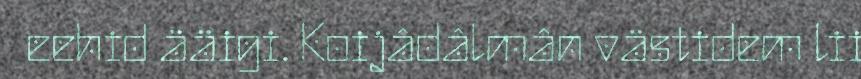
eehid ääigi. Koijâdâlmân västidem lii